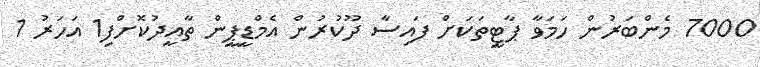
7000 މެންބަރުން ހަމަވާ ޕާޓީތަކަށް ފައިސާ ދޫކުރުން އެމްޑީޕީން ތާއީދުކޮށްފި1 އަހަރު 1